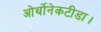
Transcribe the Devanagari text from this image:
ओर्थोनेकटीडा।